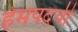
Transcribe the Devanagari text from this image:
हेमपदवीं